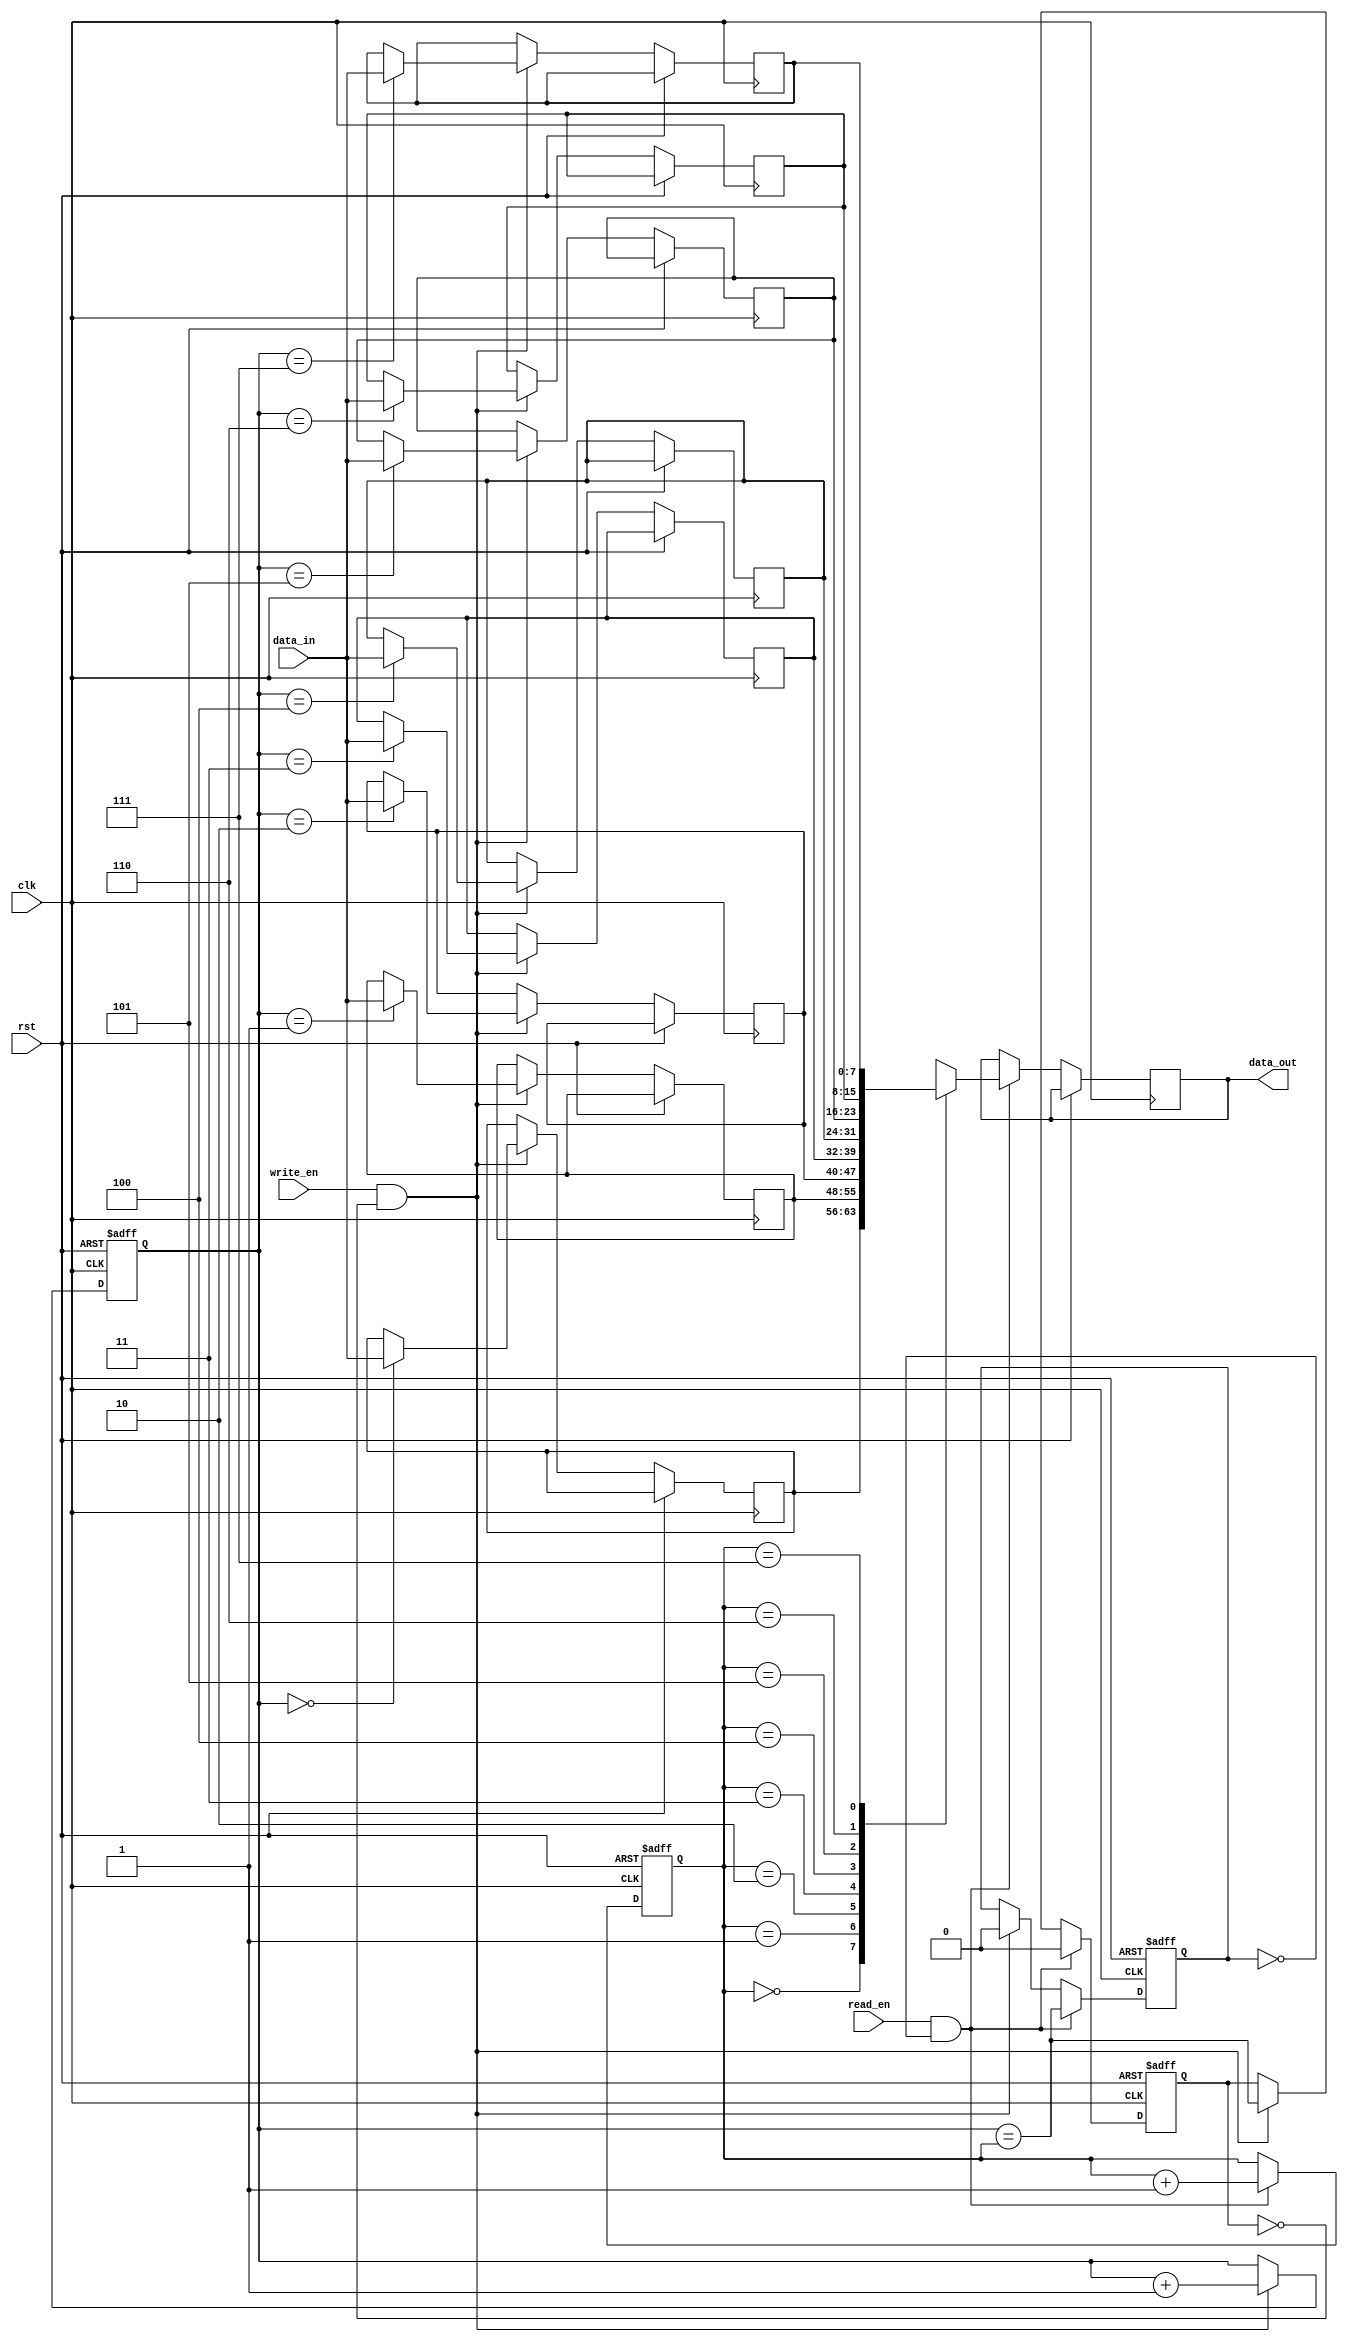
module fifo_buffer(
    input wire clk, 
    input wire rst,
    input wire write_en,
    input wire read_en,
    input wire [DATA_WIDTH-1:0] data_in,
    output reg [DATA_WIDTH-1:0] data_out
);

parameter DATA_WIDTH = 8;
parameter ADDR_WIDTH = 3;

reg [DATA_WIDTH-1:0] buffer [0:2**ADDR_WIDTH-1];
reg [ADDR_WIDTH-1:0] write_ptr = 0;
reg [ADDR_WIDTH-1:0] read_ptr = 0;

reg full = 0;
reg empty = 1;

always @(posedge clk or posedge rst) begin
    if (rst) begin
        write_ptr <= 0;
        read_ptr <= 0;
        full <= 0;
        empty <= 1;
    end else begin
        if (write_en && !full) begin
            buffer[write_ptr] <= data_in;
            write_ptr <= write_ptr + 1;
            full <= (write_ptr == read_ptr);
            empty <= 0;
        end
        
        if (read_en && !empty) begin
            data_out <= buffer[read_ptr];
            read_ptr <= read_ptr + 1;
            empty <= (write_ptr == read_ptr);
            full <= 0;
        end
    end
end

endmodule